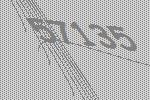
57135